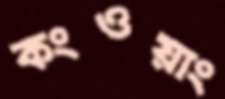
কংওয়াং